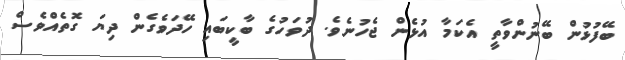
ބޭފުޅުން ބޭނުންވާތީ އެކަމާ އުޅެން ޖެހުނެވެ. ދުވަހުގެ ބާކީބައި ހޭދަވެގެން ދިޔަ ގޮތެއްވެސް